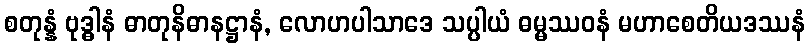
စတုန္နံ ဗုဒ္ဓါနံ ဓာတုနိဓာနဋ္ဌာနံ, လောဟပါသာဒေ သပ္ပါယံ ဓမ္မဿဝနံ မဟာစေတိယဒဿနံ